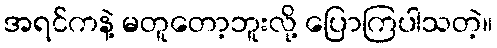
အရင်ကနဲ့ မတူတော့ဘူးလို့ ပြောကြပါသတဲ့။